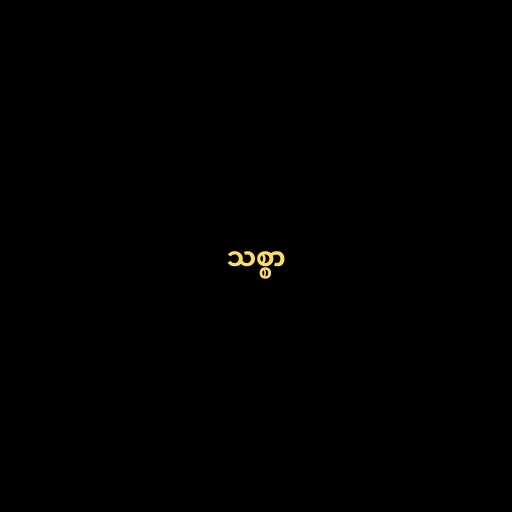
သစ္စာ